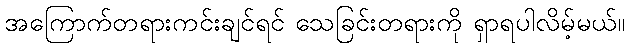
အကြောက်တရားကင်းချင်ရင် သေခြင်းတရားကို ရှာရပါလိမ့်မယ်။